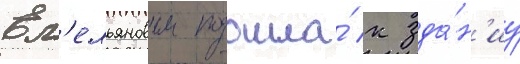
Ем'ельяновым подошла́ к зда́н'иу